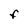
Character: F